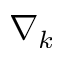
\nabla _ { k }